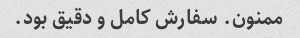
ممنون. سفارش کامل و دقیق بود.